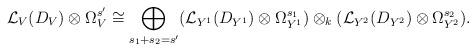
LaTeX: \begin{align*}{\mathcal L}_V(D_V)\otimes\Omega^{s'}_V\cong\bigoplus_{s_1+s_2=s'}({\mathcal L}_{Y^1}(D_{Y^1})\otimes\Omega^{s_1}_{Y^1})\otimes_k({\mathcal L}_{Y^2}(D_{Y^2})\otimes\Omega^{s_2}_{Y^2}).\end{align*}